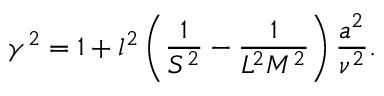
\gamma ^ { 2 } = 1 + l ^ { 2 } \left( \frac { 1 } { S ^ { 2 } } - \frac { 1 } { L ^ { 2 } M ^ { 2 } } \right) \frac { a ^ { 2 } } { \nu ^ { 2 } } .